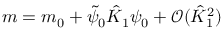
m = m _ { 0 } + \tilde { \psi } _ { 0 } \hat { K } _ { 1 } \psi _ { 0 } + \mathcal { O } ( \hat { K } _ { 1 } ^ { 2 } )